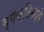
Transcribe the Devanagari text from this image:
व्यक्तिमध्ये